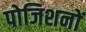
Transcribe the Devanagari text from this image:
पोजिशनों